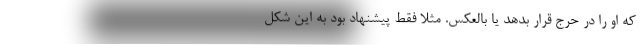
که او را در حرج قرار بدهد یا بالعکس. مثلا فقط پیشنهاد بود به این شکل